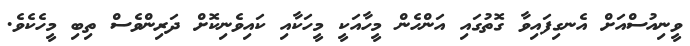
ވީނިއުސްއަށް އެނގިފައިވާ ގޮތުގައި އަންހެން މީހާއަކީ މީހަކާއި ކައިވެނިކޮށް ދަރިންވެސް ތިބި މީހެކެެވެ.